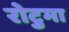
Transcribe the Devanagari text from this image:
रोटुमा